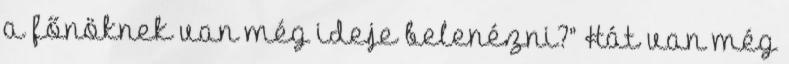
a főnöknek van még ideje belenézni?” Hát van még